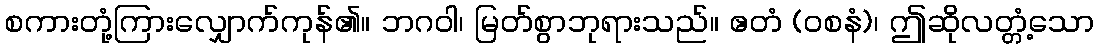
စကားတုံ့ကြားလျှောက်ကုန်၏။ ဘဂဝါ၊ မြတ်စွာဘုရားသည်။ ဧတံ (ဝစနံ)၊ ဤဆိုလတ္တံ့သော